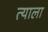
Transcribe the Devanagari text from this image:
त्‍याला